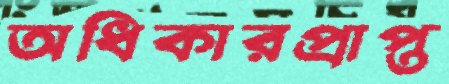
অধিকারপ্রাপ্ত